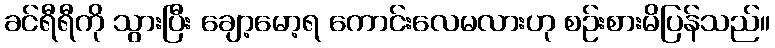
ခင်ရီရီကို သွားပြီး ချော့မော့ရ ကောင်းလေမလားဟု စဉ်းစားမိပြန်သည်။